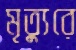
মৃত্যুরে